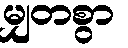
မျှတစွာ